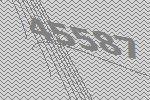
45587